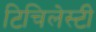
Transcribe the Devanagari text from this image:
टिचिलेस्टी